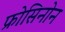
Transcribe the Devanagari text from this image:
फ्रोसिनोन